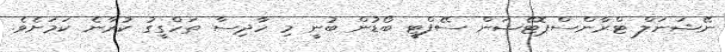
ނޭޝަނަލް ޓްރާންސްޕޮޓޭޝަން ސޭފްޓީ ބޯޑުން ބުނީ މި ހާދިސާ ތަހްގީގު ކުރާނެ ކަމަށެވެ.